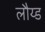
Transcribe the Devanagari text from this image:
लौय्ड